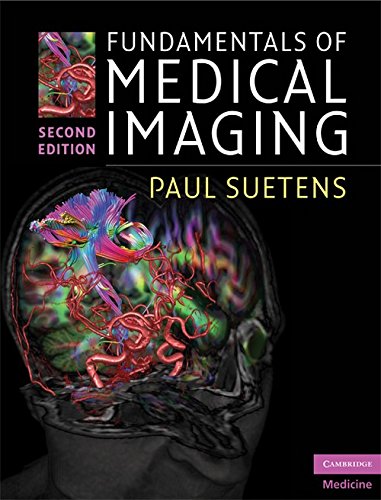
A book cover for Fundamentals of Medical Imaging; Paul Suetens; Science & Math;